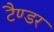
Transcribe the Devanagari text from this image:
टैण्डर